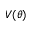
V ( \theta )